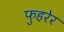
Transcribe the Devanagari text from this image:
फुहरेर